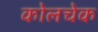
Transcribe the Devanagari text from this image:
कोलचेक